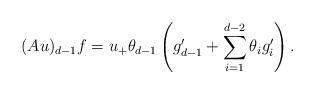
LaTeX: \begin{align*}(Au)_{d-1}f = u_+ \theta_{d-1} \left( g_{d-1}' + \sum_{i=1}^{d-2} \theta_i g_i'\right).\end{align*}